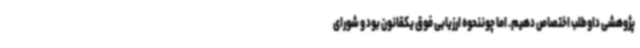
پژوهشی داوطلب اختصاص دهیم. اما چوننحوه ارزیابی فوق یکقانون بود و شورای